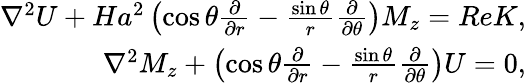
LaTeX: \begin{array}{r}{\nabla^{2}U+Ha^{2}\left(\cos{\theta}\frac{\partial}{\partial r}-\frac{\sin{\theta}}{r}\frac{\partial}{\partial\theta}\right)M_{z}=ReK,}\\ {\nabla^{2}M_{z}+\left(\cos{\theta}\frac{\partial}{\partial r}-\frac{\sin{\theta}}{r}\frac{\partial}{\partial\theta}\right)U=0,}\end{array}